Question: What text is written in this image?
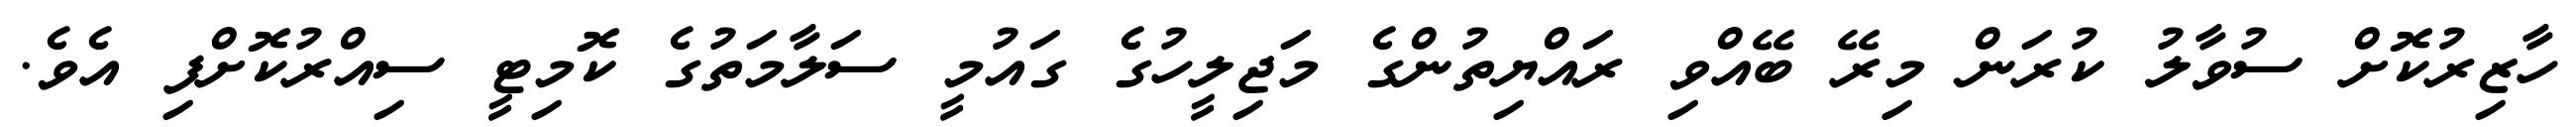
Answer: ހާޒިރުކޮށް ސުވާލު ކުރަން މިރޭ ބޭއްވި ރައްޔިތުންގެ މަޖިލީހުގެ ގައުމީ ސަލާމަތުގެ ކޮމިޓީ ސިއްރުކޮށްފި އެވެ.